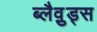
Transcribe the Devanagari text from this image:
ब्लैव़ुड्स